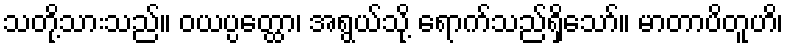
သတို့သားသည်။ ဝယပ္ပတ္ထော၊ အရွယ်သို့ ရောက်သည်ရှိသော်။ မာတာပိတူဟိ၊